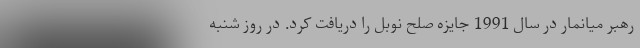
رهبر میانمار در سال 1991 جایزه صلح نوبل را دریافت کرد. در روز شنبه